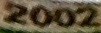
2002